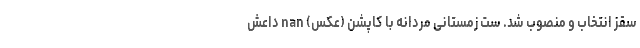
سقز انتخاب و منصوب شد. ست زمستانی مردانه با کاپشن (عکس) nan داعش